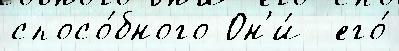
спосо́бного Он'и́  его́